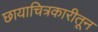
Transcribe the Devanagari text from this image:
छायाचित्रकारीतून